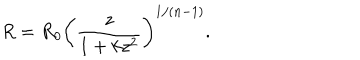
LaTeX: R = R _ { 0 } \left( \frac z { 1 + k z ^ { 2 } } \right) ^ { 1 / ( n - 1 ) } .